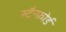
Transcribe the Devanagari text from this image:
स्टैन्फ़ोर्ड